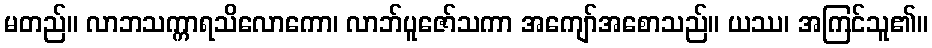
မတည်။ လာဘသက္ကာရသိလောကော၊ လာဘ်ပူဇော်သကာ အကျော်အစောသည်။ ယဿ၊ အကြင်သူ၏။